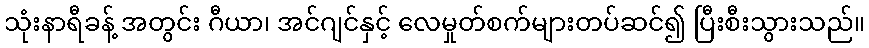
သုံးနာရီခန့် အတွင်း ဂီယာ၊ အင်ဂျင်နှင့် လေမှုတ်စက်များတပ်ဆင်၍ ပြီးစီးသွားသည်။